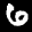
Label: 6